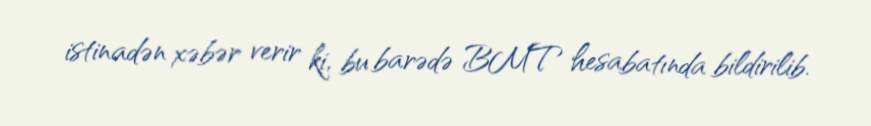
istinadən xəbər verir ki, bu barədə BMT hesabatında bildirilib.